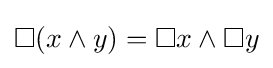
\Box (x\land y)=\Box x\land \Box y